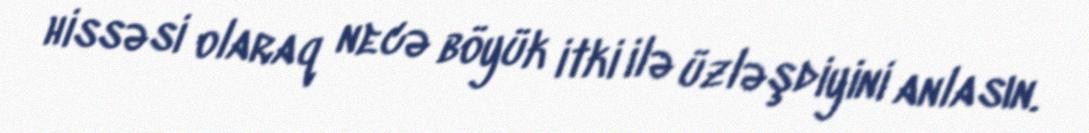
hissəsi olaraq necə böyük itki ilə üzləşdiyini anlasın.